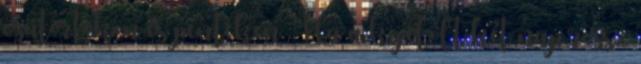
csütörtökön és pénteken. Ha a kijelölt két nap rossz